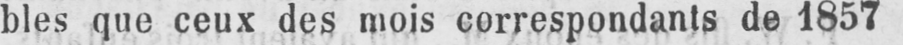
bles que ceux des mois correspondants de 1857